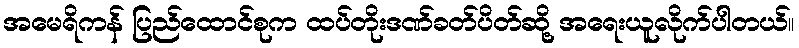
အမေရိကန် ပြည်ထောင်စုက ထပ်တိုးဒဏ်ခတ်ပိတ်ဆို့ အရေးယူလိုက်ပါတယ်။